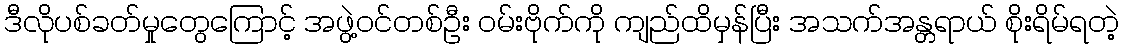
ဒီလိုပစ်ခတ်မှုတွေကြောင့် အဖွဲ့ဝင်တစ်ဦး ဝမ်းဗိုက်ကို ကျည်ထိမှန်ပြီး အသက်အန္တရာယ် စိုးရိမ်ရတဲ့